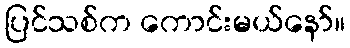
ပြင်သစ်က ကောင်းမယ်နော်။